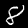
Label: 8